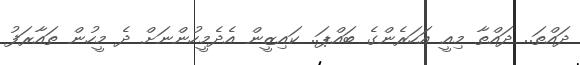
ދައްތަ.. ދައްތާ މިއީ އަހަރެންގެ ބައްޕަ.. ކައިޒީން އެދެމީހުންނަށް ދެ މީހުން ތައާރަފު